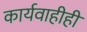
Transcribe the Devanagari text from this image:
कार्यवाहीही